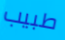
طبيب